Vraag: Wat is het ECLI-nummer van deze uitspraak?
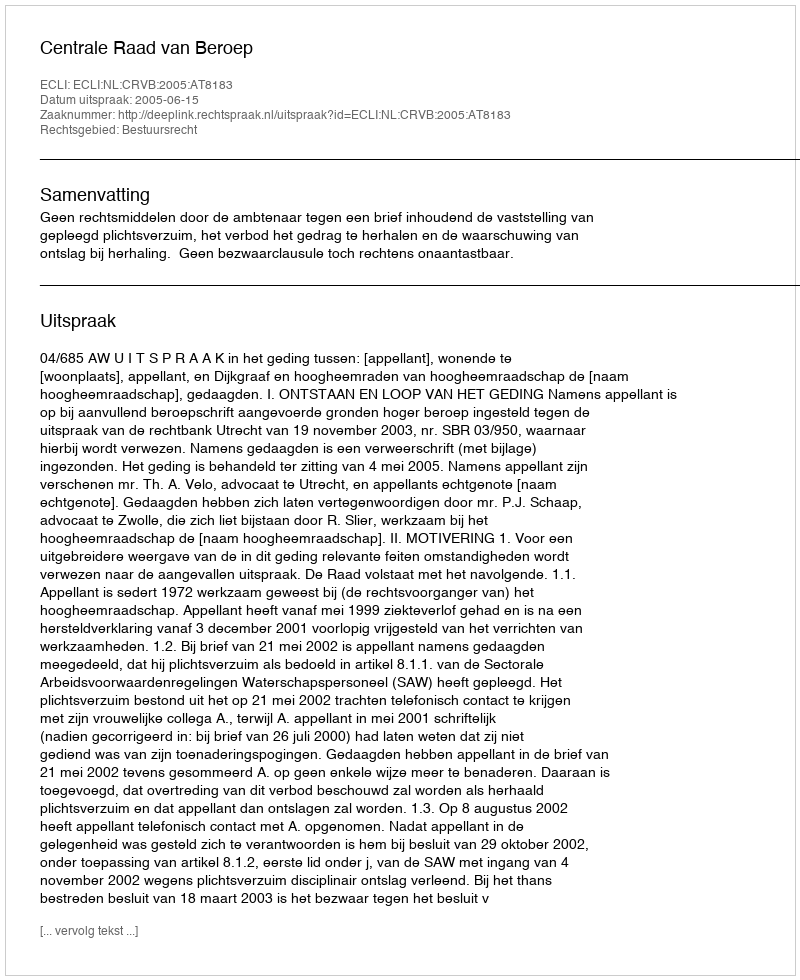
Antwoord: ECLI:NL:CRVB:2005:AT8183